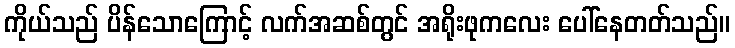
ကိုယ်သည် ပိန်သောကြောင့် လက်အဆစ်တွင် အရိုးဖုကလေး ပေါ်နေတတ်သည်။